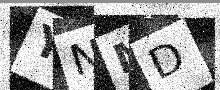
Text: YNMD